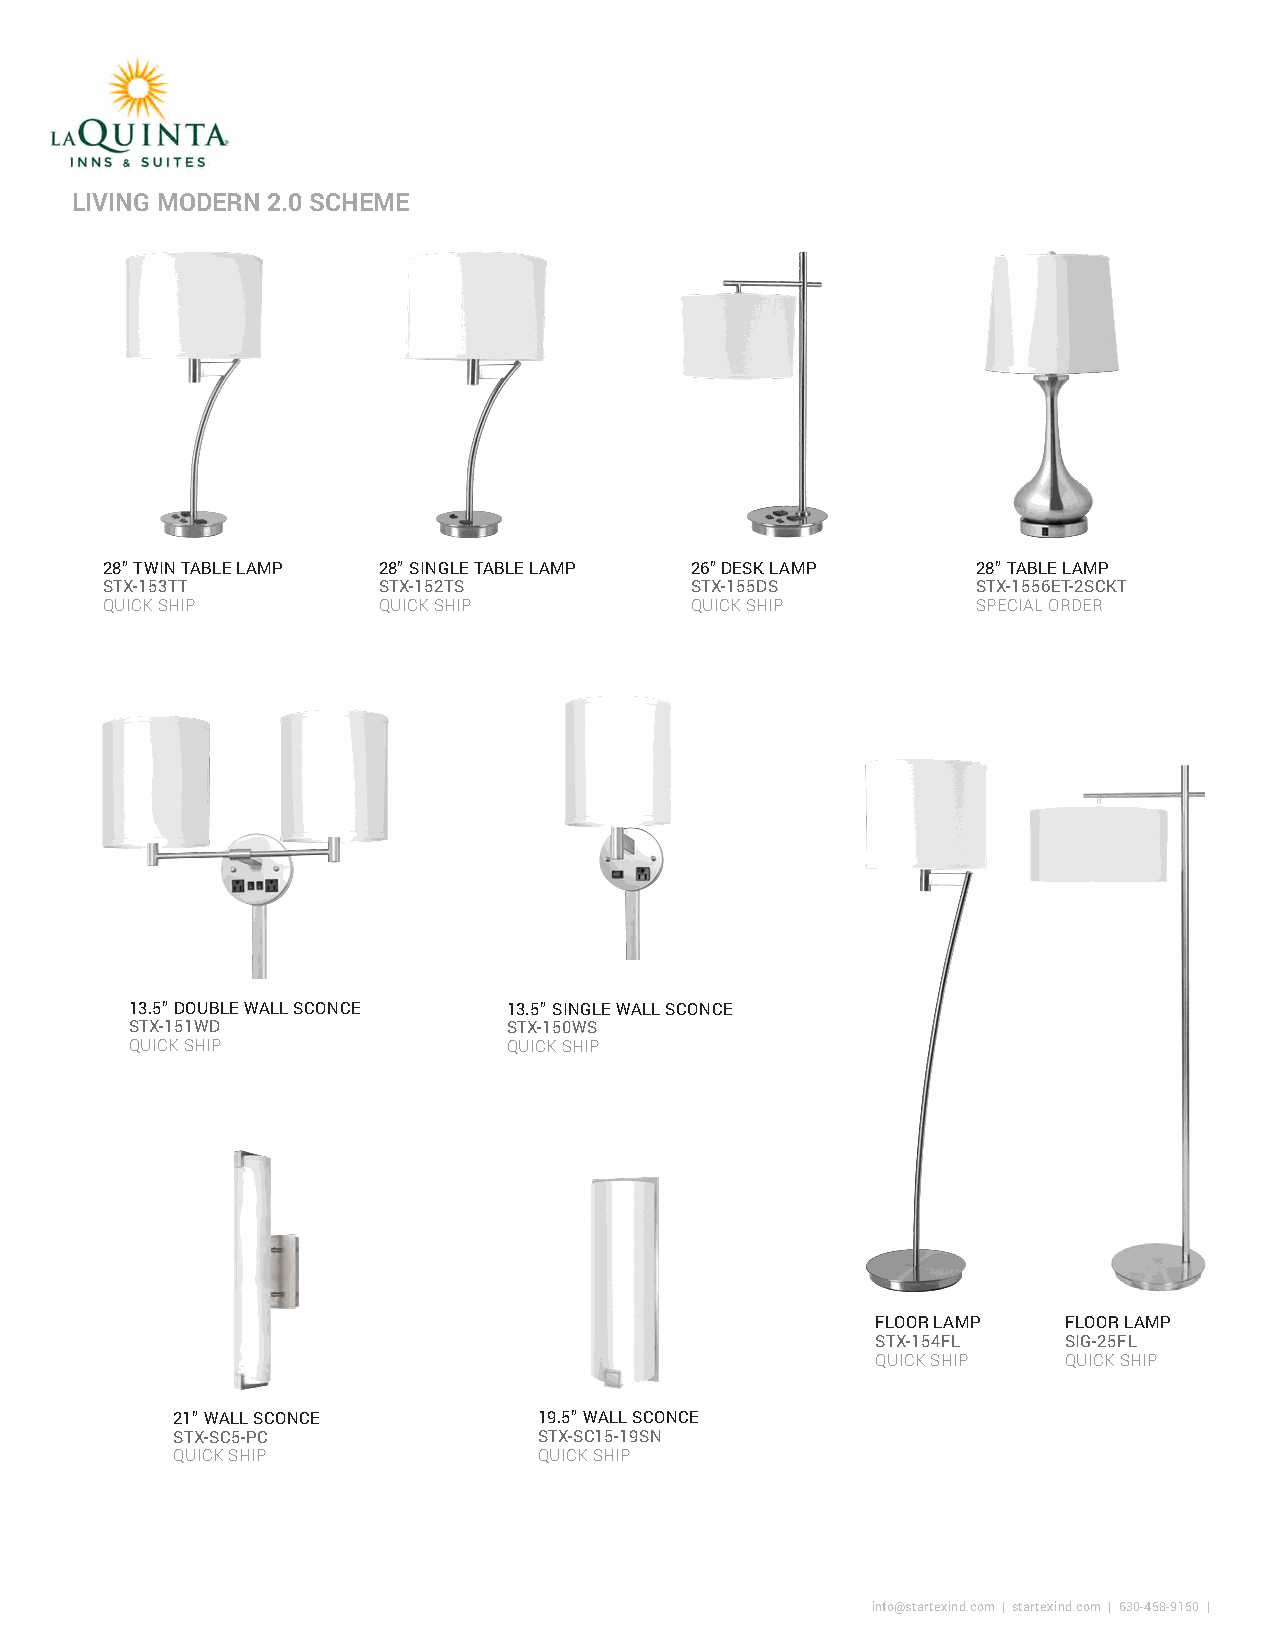
LIVING MODERN 2.0 SCHEME
 28” TWIN TABLE LAMP 28” SINGLE TABLE LAMP 26” DESK LAMP   28” TABLE LAMP
 STX-153TT         STX-152TS            STX-155DS          STX-1556ET-2SCKT
 QUICK SHIP        QUICK SHIP           QUICK SHIP         SPECIAL ORDER
 13.5” DOUBLE WALL SCONCE 13.5” SINGLE WALL SCONCE
 STX-151WD                STX-150WS
 QUICK SHIP               QUICK SHIP
 FLOOR LAMP   FLOOR LAMP
 STX-154FL    SIG-25FL
 QUICK SHIP   QUICK SHIP
 21” WALL SCONCE          19.5” WALL SCONCE
 STX-SC5-PC               STX-SC15-19SN
 QUICK SHIP               QUICK SHIP
 info@startexind.com | startexind.com | 630-458-9150 |